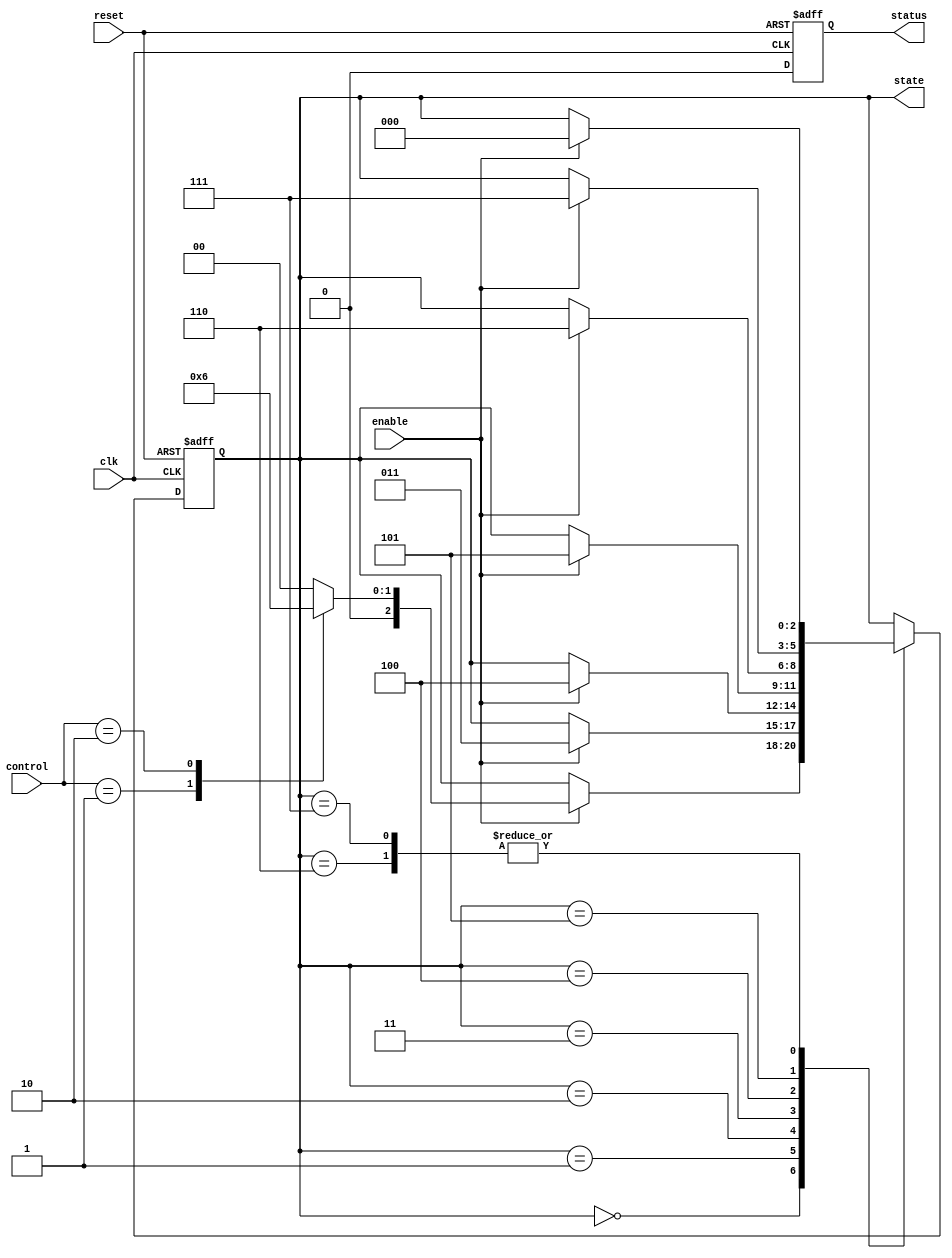
module PreConfiguredStateInitialization (
    input wire clk,             // Clock signal
    input wire reset,           // Reset signal (active high)
    input wire enable,          // Enable signal for FSM operation
    input wire [1:0] control,   // Control inputs for state transition
    output reg [2:0] state,     // Current state output (3 bits for 8 states)
    output reg status           // Status signal (1 bit)
);

    // State Encoding
    localparam IDLE      = 3'b000; // Predefined initial state
    localparam STATE1    = 3'b001;
    localparam STATE2    = 3'b010;
    localparam STATE3    = 3'b011;
    localparam STATE4    = 3'b100;
    localparam STATE5    = 3'b101;
    localparam STATE6    = 3'b110;
    localparam STATE7    = 3'b111;

    // State transition logic
    always @(posedge clk or posedge reset) begin
        if (reset) begin
            // Reset state to predefined initial state
            state <= IDLE;
            status <= 1'b1; // Indicate initialization phase
        end else begin
            // Transition to next state based on control signals and current state
            case (state)
                IDLE: begin
                    if (enable) begin
                        case (control)
                            2'b01: state <= STATE1;
                            2'b10: state <= STATE2;
                            default: state <= IDLE;
                        endcase
                    end
                end
                STATE1: begin
                    // Example transitions from STATE1
                    if (enable) begin
                        state <= STATE3; // Transition to STATE3
                    end
                end
                STATE2: begin
                    // Example transitions from STATE2
                    if (enable) begin
                        state <= STATE4; // Transition to STATE4
                    end
                end
                STATE3: begin
                    // Example transitions from STATE3
                    if (enable) begin
                        state <= STATE5; // Transition to STATE5
                    end
                end
                STATE4: begin
                    // Example transitions from STATE4
                    if (enable) begin
                        state <= STATE6; // Transition to STATE6
                    end
                end
                STATE5: begin
                    // Example transitions from STATE5
                    if (enable) begin
                        state <= STATE7; // Transition to STATE7
                    end
                end
                STATE6: begin
                    if (enable) begin
                        state <= IDLE; // Loop back to IDLE
                    end
                end
                STATE7: begin
                    if (enable) begin
                        state <= IDLE; // Loop back to IDLE
                    end
                end
                default: begin
                    state <= IDLE; // Default to IDLE
                end
            endcase
            status <= 1'b0; // Indicate operational phase
        end
    end

endmodule